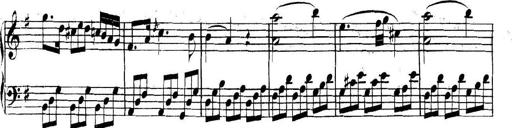
Title: Collected Piano Sonatas
Composer: Muzio Clementi